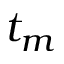
t _ { m }